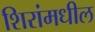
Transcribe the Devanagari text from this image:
शिरांमधील